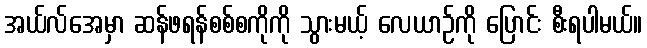
အယ်လ်အေမှာ ဆန်ဖရန်စစ်စကိုကို သွားမယ့် လေယာဉ်ကို ပြောင်း စီးရပါမယ်။